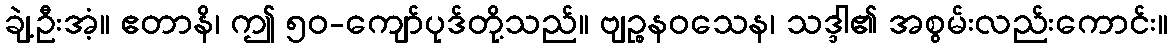
ချဲ့ဦးအံ့။ ဧတာနိ၊ ဤ ၅၀-ကျော်ပုဒ်တို့သည်။ ဗျဉ္စနဝသေန၊ သဒ္ဒါ၏ အစွမ်းလည်းကောင်း။